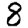
Digit: 8